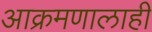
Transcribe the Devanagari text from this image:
आक्रमणालाही